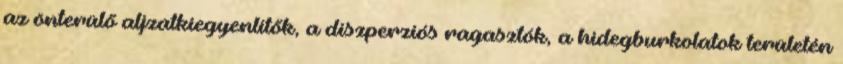
az önterülő aljzatkiegyenlítők, a diszperziós ragasztók, a hidegburkolatok területén